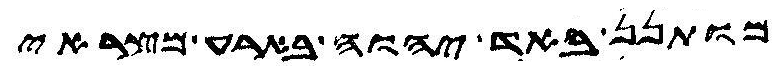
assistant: מותנן באד יהוה בארע מצראי